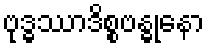
ဗုဒ္ဓဿာဒိစ္စဗန္ဓုနော